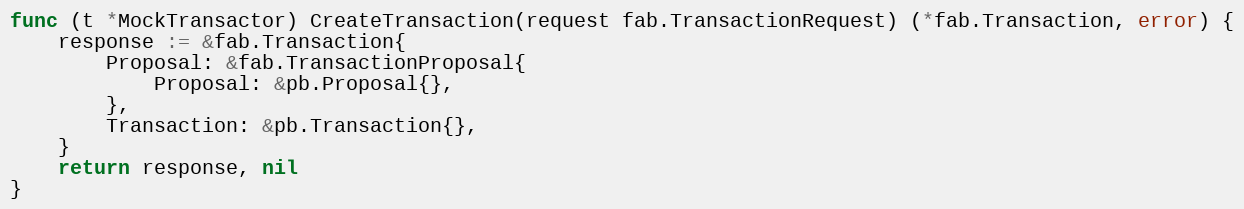
Language: Go
func (t *MockTransactor) CreateTransaction(request fab.TransactionRequest) (*fab.Transaction, error) {
	response := &fab.Transaction{
		Proposal: &fab.TransactionProposal{
			Proposal: &pb.Proposal{},
		},
		Transaction: &pb.Transaction{},
	}
	return response, nil
}